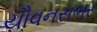
યૌવનસભર